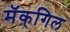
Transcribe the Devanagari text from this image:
मॅक्‌गिल